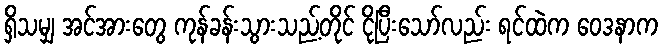
ရှိသမျှ အင်အားတွေ ကုန်ခန်းသွားသည့်တိုင် ငိုပြီးသော်လည်း ရင်ထဲက ဝေဒနာက